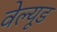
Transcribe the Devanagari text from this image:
वेल्यूड